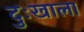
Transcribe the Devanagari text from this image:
दुःखाला